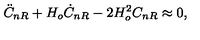
\ddot { C } _ { n R } + H _ { o } \dot { C } _ { n R } - 2 H _ { o } ^ { 2 } C _ { n R } \approx 0 ,